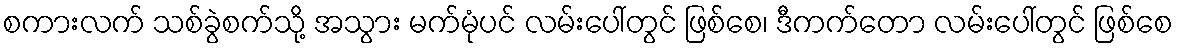
စကားလက် သစ်ခွဲစက်သို့ အသွား မက်မုံပင် လမ်းပေါ်တွင် ဖြစ်စေ၊ ဒီကက်တော လမ်းပေါ်တွင် ဖြစ်စေ